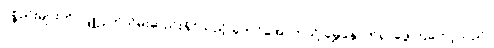
ပစ္စည်းများကို လျှို့ဝှက်သိမ်းဆည်းနိုင်သည့် ခုတင်အောက်သို့ မွှေနှောက်ရှာဖွေကြတော့သည်။